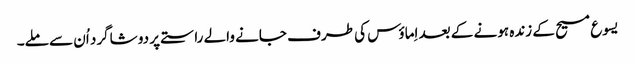
‏ یسوع مسیح کے زندہ ہونے کے بعد اِماؤس کی طرف جانے والے راستے پر دو شاگرد اُن سے ملے۔